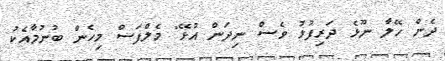
ދެން ހޭލާ ނޫޅެ ދަރިފުޅު ވެސް ނިދަން އުޅޭ" މެލްފަސް މިހެން ބުނުމާއެކު